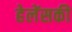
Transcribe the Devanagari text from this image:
हेलेंसकी